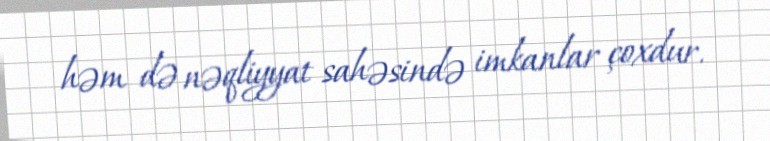
həm də nəqliyyat sahəsində imkanlar çoxdur.